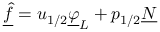
\underline { { \hat { f } } } = u _ { 1 / 2 } \underline { { \varphi } } _ { L } + p _ { 1 / 2 } \underline { { N } }